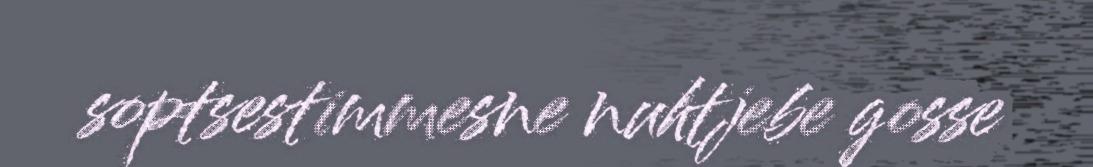
soptsestimmesne nuhtjebe gosse